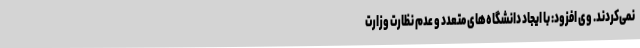
نمی‌کردند. وی افزود: با ایجاد دانشگاه‌های متعدد و عدم نظارت وزارت